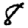
Digit: 8